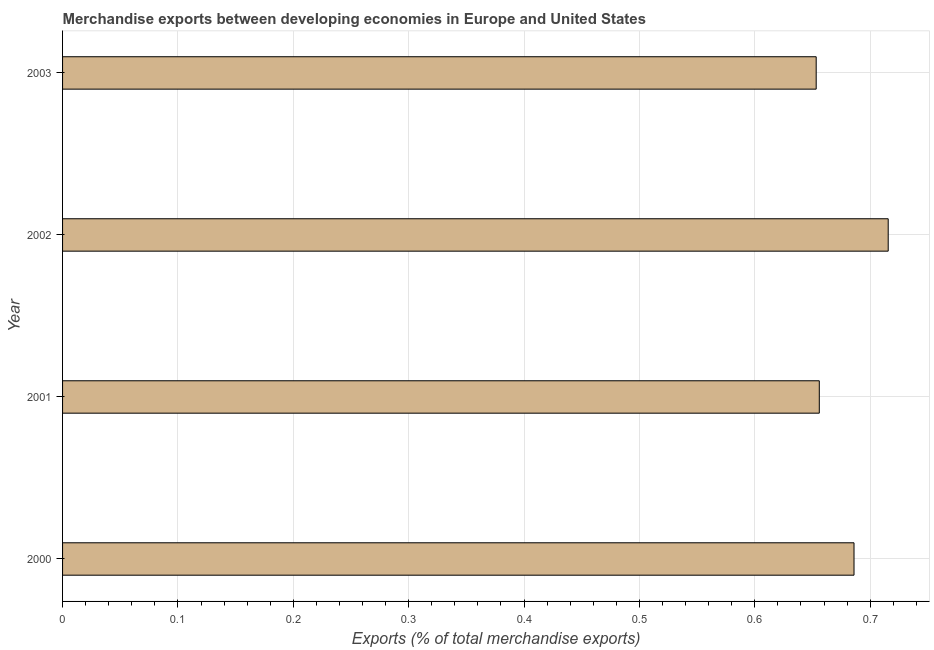
| Year | Merchandise Exports |
 | --- | --- |
 | 2000 | 0.686 |
 | 2001 | 0.656 |
 | 2002 | 0.716 |
 | 2003 | 0.653 |